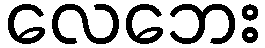
လေဘေး